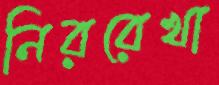
নিররেখা